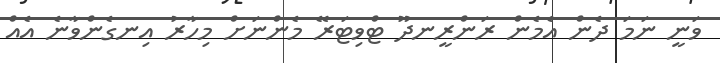
ވަނީ ނަމަ ދެން އެމެން ރަންރީނދޫ ޓްވިޓަރޭ މެންނަށް މިހާރު އިނގެންވާނެ އެއް